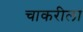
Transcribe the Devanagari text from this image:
चाकरीला